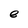
Character: e